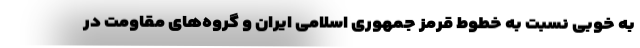
به خوبی نسبت به خطوط قرمز جمهوری اسلامی ایران و گروه‌های مقاومت در